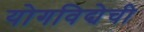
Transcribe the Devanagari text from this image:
योगविद्येची